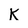
Character: K